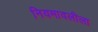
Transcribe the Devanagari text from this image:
नियमावलीला